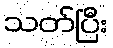
သတ်ပြီး